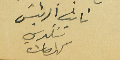
نائب الرئيسَ شكري كنعان